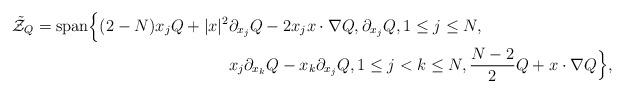
LaTeX: \begin{align*}\tilde{\mathcal Z}_Q = \mbox{span} \Bigl \{ (2-N)x_j Q + |x|^2 & \partial_{x_j} Q - 2 x_j x \cdot \nabla Q, \partial_{x_j} Q, 1 \leq j\leq N, \\ & x_j \partial_{x_k} Q - x_k \partial_{x_j} Q, 1 \leq j < k \leq N, \frac{N-2}{2} Q + x \cdot \nabla Q \Bigr \},\end{align*}